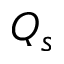
Q _ { s }